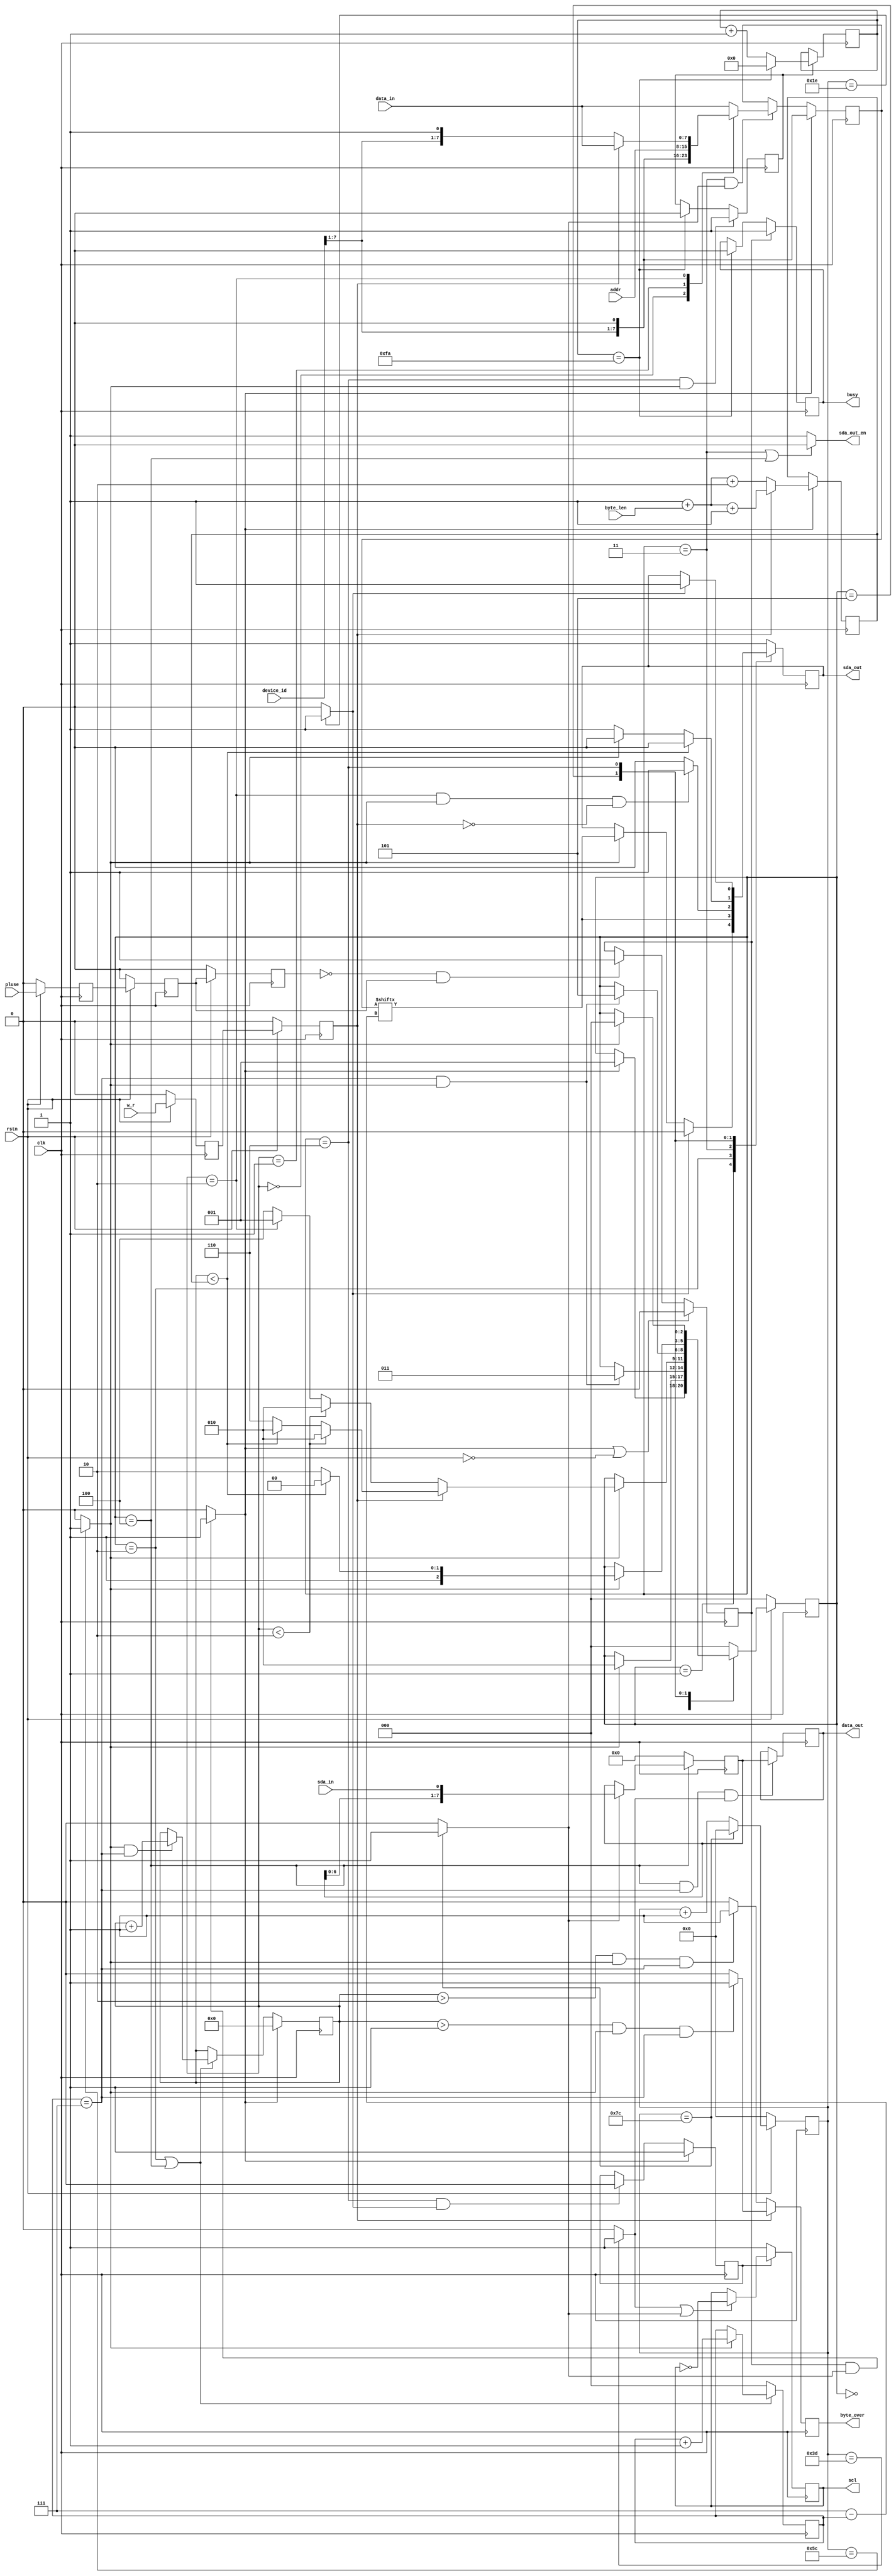
`timescale 1ns / 1ps
//////////////////////////////////////////////////////////////////////////////////
// Company:Meyesemi 
// 
// Design Name:  
// Module Name: 
// Project Name: 
// Target Devices: Pango
// Tool Versions: 
// Description: 
//      
// Dependencies: 
// 
// Revision:
// Revision 1.0 - File Created
// Additional Comments: IIC==<= 
//                       busyiic_dribusy
//                                if(start_en)       busy <=  1'b1;   
//////////////////////////////////////////////////////////////////////////////////
`define UD #1
module iic_dri #(
    parameter CLK_FRE   = 27'd50_000_000,  //system clock frequency
    parameter IIC_FREQ  = 20'd400_000,     //I2c clock frequency
    parameter T_WR      = 10'd5,           //I2c transmit delay ms
    parameter ADDR_BYTE = 2'd1,            //I2C addr byte number
    parameter LEN_WIDTH = 8'd3,            //I2C transmit byte width
    parameter DATA_BYTE = 2'd1             //I2C data byte number
) (
    input               clk,
    input               rstn,
    input               pluse,      //I2C transmit trigger
    input [        7:0] device_id,  //I2C divice id
    input               w_r,        //I2C transmit direction 1:send  0:receive
    input [LEN_WIDTH:0] byte_len,   //I2C transmit data byte length of once trigger

    input [ADDR_BYTE*8 - 1:0] addr,    //I2C transmit addr
    input [              7:0] data_in, //I2C send data

    output reg busy = 0,      //I2C bus status
    output reg byte_over = 0, //I2C byte transmit over flag

    output reg [7:0] data_out,  //I2C receive data

    output     scl,
    input      sda_in,
    output reg sda_out = 1'b1,
    output     sda_out_en
);

  localparam CLK_DIV = CLK_FRE / IIC_FREQ;  //
  localparam ID_ADDR_BYTE = ADDR_BYTE + 1'b1;  //deviceID
  localparam DATA_SET = CLK_DIV >> 2;  //data
  localparam T_WR_DELAY = T_WR * CLK_FRE / 1000_000;

  //  iic clock time counter
  reg [20:0] fre_cnt;  //=21'd0;
  always @(posedge clk) begin
    if (!rstn) fre_cnt <= 21'd0;
    else if (fre_cnt == CLK_DIV - 1'b1) fre_cnt <= 21'd0;
    else fre_cnt <= fre_cnt + 1'b1;
  end

  wire full_cycle;
  wire half_cycle;
  assign
      full_cycle = (fre_cnt == CLK_DIV - 1'b1) ? 1'b1 : 1'b0;  //SCL1SCL
  assign half_cycle = (fre_cnt == (CLK_DIV >> 1'b1) - 1'b1) ? 1'b1 :
      1'b0;  //SCL1/2SCL

  wire start_h;
  wire dsu;
  assign start_h = (fre_cnt == DATA_SET - 1'b1) ? 1'b1 :
      1'b0;  //SDA 1/4SCL
  assign dsu = (fre_cnt == (CLK_DIV >> 1'b1) + DATA_SET - 1'b1) ? 1'b1 :
      1'b0;  //SDA3/4SCL

  //============================================================================
  //pluse trige the iic bus transmit start
  wire start;
  reg  start_en;
  reg pluse_1d, pluse_2d, pluse_3d;
  always @(posedge clk) begin
    if (!rstn) begin
      pluse_1d <= 1'b0;
      pluse_2d <= 1'b0;
      pluse_3d <= 1'b0;
    end else begin
      pluse_1d <= pluse;
      pluse_2d <= pluse_1d;  //
      pluse_3d <= pluse_2d;  //
    end
  end

  always @(posedge clk) begin
    if (start || (!rstn))  //
      start_en <= 1'b0;
    else if (~pluse_3d & pluse_2d)  //
      start_en <= 1'b1;
    else start_en <= start_en;
  end

  assign start = (start_en & full_cycle) ? 1'b1 : 1'b0;

  reg w_r_1d = 1'b0, w_r_2d = 1'b0;
  always @(posedge clk) begin
    if (!rstn) begin
      w_r_1d <= 1'b0;
      w_r_2d <= 1'b0;
    end else begin
      w_r_1d <= w_r;
      w_r_2d <= w_r_1d;
    end
  end

  //==========================================================================
  //     IIC FSM STATE
  //==========================================================================
  localparam IDLE = 3'd0;
  localparam S_START = 3'd1;
  localparam SEND = 3'd2;
  localparam S_ACK = 3'd3;
  localparam RECEIV = 3'd4;
  localparam R_ACK = 3'd5;
  localparam STOP = 3'd6;
  reg [          2:0] state;
  reg [          2:0] state_n;
  reg [          2:0] trans_bit = 3'd0;

  reg [LEN_WIDTH : 0] trans_byte = 5'd0;
  reg [LEN_WIDTH : 0] trans_byte_max = 5'd0;
  reg                 restart = 1'b0;
  reg [          7:0] send_data = 8'd0;
  reg [          7:0] receiv_data = 8'd0;
  reg                 trans_en = 0;
  reg                 trans_over = 0;
  reg                 scl_out = 1'b1  /*synthesis PAP_MARK_DEBUG="true"*/;

  //    assign sda = sda_out_en ? sda_out : 1'bz;
  //    assign sda_in = sda;
  assign scl = scl_out;

  //============================================================================
  //transmit status
  always @(posedge clk) begin
    if (start)  //
      trans_en <= 1'b1;
    else if (state == STOP && start_h)  //STOP
      trans_en <= 1'b0;
    else trans_en <= trans_en;
  end

  //    always @(posedge clk)//
  //    begin
  //        if(start)
  //            trans_over <=  1'b0;
  //        else if(state == STOP && start_h)
  //            trans_over <=  1'b1;
  //        else 
  //            trans_over <=  trans_over;
  //    end

  //===========================================================================
  // IIC Bus status
  reg        twr_en = 0;
  reg [26:0] twr_cnt = 0;
  always @(posedge clk) begin
    if (state == STOP && dsu)  //STOP
      twr_en <= 1'b1;
    else if (twr_cnt == T_WR_DELAY)  //5ms
      twr_en <= 1'b0;
    else twr_en <= twr_en;
  end

  always @(posedge clk) begin
    if (twr_en) begin
      if (twr_cnt == T_WR_DELAY)  //5ms
        twr_cnt <= 1'b0;
      else twr_cnt <= twr_cnt + 1'b1;
    end else twr_cnt <= twr_cnt;
  end

  always @(posedge clk) begin
    if (start_en)  //busy
      busy <= 1'b1;
    else if (twr_cnt == T_WR_DELAY)  //busy
      busy <= 1'b0;
    else busy <= busy;
  end

  //============================================================================
  //iic bus controller
  always @(posedge clk) begin
    if (trans_en) begin
      if (half_cycle || full_cycle) scl_out <= ~scl_out;
      else scl_out <= scl_out;
    end else scl_out <= 1'b1;
  end

  assign sda_out_en = ((state == S_ACK) || (state == RECEIV)) ? 1'b0 : 1'b1;

  //tx data control
  always @(posedge clk) begin
    if (start)  //ID+
      send_data <= {device_id[7:1], 1'b0};  //{ID}   
    else if (state == S_ACK && full_cycle)  //SACK
        begin
      if (ADDR_BYTE == 2'd1) begin
        case (trans_byte)  //
          5'd0: send_data <= {device_id[7:1], 1'b0};
          5'd1: send_data <= addr[7:0];
          5'd2: send_data <= (w_r_2d) ? data_in : {device_id[7:1], 1'b1};
          default: send_data <= data_in;
        endcase
      end else begin
        case (trans_byte)  //
          5'd0: send_data <= {device_id[7:1], 1'b0};
          5'd1: send_data <= addr[7:0];
          5'd2: send_data <= addr[15:8];
          5'd3: send_data <= (w_r_2d) ? data_in : {device_id[7:1], 1'b1};
          default: send_data <= data_in;
        endcase
      end
    end else send_data <= send_data;
  end

  //transmit byte number,contain device IDADDRDATA
  always @(posedge clk) begin
    if (start) begin
      if (w_r_2d) trans_byte_max <= ADDR_BYTE + byte_len + 2'd1;
      else trans_byte_max <= ADDR_BYTE + byte_len + 2'd2;
    end else trans_byte_max <= trans_byte_max;
  end

  //sda out control
  always @(posedge clk) begin
    case (state)
      IDLE:  //
          begin
        sda_out <= 1'b1;
      end
      S_START:  //
          begin
        if (start_h)  //
          sda_out <= 1'b0;
        else if (dsu)  //SCL
          sda_out <= send_data[7-trans_bit];  //
        else sda_out <= sda_out;
      end
      SEND: begin
        sda_out <= send_data[7-trans_bit];  //
      end
      S_ACK: begin
        if (trans_byte == ID_ADDR_BYTE && dsu &&
            !w_r_2d)  //S_START
          sda_out <= 1'b1;
        else sda_out <= 1'h0;
      end
      R_ACK: begin
        if (trans_byte < trans_byte_max)  //ACK
          sda_out <= 1'b0;
        else begin
          if (dsu)  //ACKSTOPSDA
            sda_out <= 1'b0;
          else  //
            sda_out <= 1'b1;
        end
      end
      STOP: begin
        if (start_h)  //
          sda_out <= 1'b1;
        else sda_out <= sda_out;
      end
      default: sda_out <= 1'b1;
    endcase
  end

  // iic read data
  always @(posedge clk) begin
    if (state == RECEIV) begin
      if (full_cycle)  //
        receiv_data <= {receiv_data[6:0], sda_in};
      else receiv_data <= receiv_data;
    end else receiv_data <= 8'd0;
  end

  always @(posedge clk) begin
    if (state == RECEIV && trans_bit == 3'd7 &&
        half_cycle)  //1byte
      data_out <= receiv_data;
    else data_out <= data_out;
  end

  //one byte data transmit over flag
  always @(posedge clk) begin
    if (w_r_2d) begin
      if (trans_byte > ID_ADDR_BYTE - 1'b1 && dsu &&
          trans_bit == 3'd7)  //
        byte_over <= 1'b1;
      else byte_over <= 1'b0;
    end else begin
      if (trans_byte > ID_ADDR_BYTE && dsu &&
          trans_bit == 3'd7)  //ID
        byte_over <= 1'b1;
      else byte_over <= 1'b0;
    end
  end

  always @(posedge clk) begin
    if (state == SEND || state == RECEIV) begin
      if (dsu) trans_bit <= trans_bit + 1'b1;
      else trans_bit <= trans_bit;
    end else trans_bit <= 3'd0;
  end

  always @(posedge clk) begin
    if (start)  //byte
      trans_byte <= 5'd0;
    else if (state == SEND || state == RECEIV)  //
        begin
      if (dsu && trans_bit == 3'd7)  //1byte1
        trans_byte <= trans_byte + 1'b1;
      else  //
        trans_byte <= trans_byte;
    end else  //
      trans_byte <= trans_byte;
  end

  //==========================================================================
  //     IIC FSM STATE CHANGE
  //==========================================================================
  always @(posedge clk) begin
    if (!rstn) state <= IDLE;
    else state <= state_n;
  end

  // next state set
  always @(*) begin
    state_n = state;
    case (state)
      IDLE: begin
        if (start) state_n = S_START;
        else state_n = state;
      end
      S_START: begin
        //                if(full_cycle && trans_byte == 3'd0) //
        //                    state_n = SEND;
        //                else if(!w_r_2d && trans_byte == ID_ADDR_BYTE && dsu)//
        //                    state_n = SEND;
        if (dsu) state_n = SEND;
        else state_n = state;
      end
      SEND: begin
        if (trans_bit == 3'd7 & dsu) state_n = S_ACK;
        else state_n = state;
      end
      S_ACK: begin
        if (dsu)  // & sda_in)
            begin
          if (w_r_2d) begin
            if (trans_byte < ID_ADDR_BYTE)  //ID+ADDR
              state_n = SEND;
            else if (trans_byte < trans_byte_max)  //
              state_n = SEND;
            else  //
              state_n = STOP;
          end else begin
            if (trans_byte < ID_ADDR_BYTE)  //ID+ADDR
              state_n = SEND;
            else if (trans_byte == ID_ADDR_BYTE)  //ID
              state_n = S_START;
            else  //
              state_n = RECEIV;
          end
        end else state_n = state;
      end
      RECEIV: begin
        if (trans_bit == 3'd7 & dsu) state_n = R_ACK;
        else state_n = state;
      end
      R_ACK: begin
        if (dsu) begin
          if (trans_byte < trans_byte_max) state_n = RECEIV;
          else state_n = STOP;
        end else state_n = state;
      end
      STOP: begin
        if (dsu) state_n = IDLE;
        else state_n = state;
      end
      default: state_n = IDLE;
    endcase
  end

  //===========================================================================

endmodule